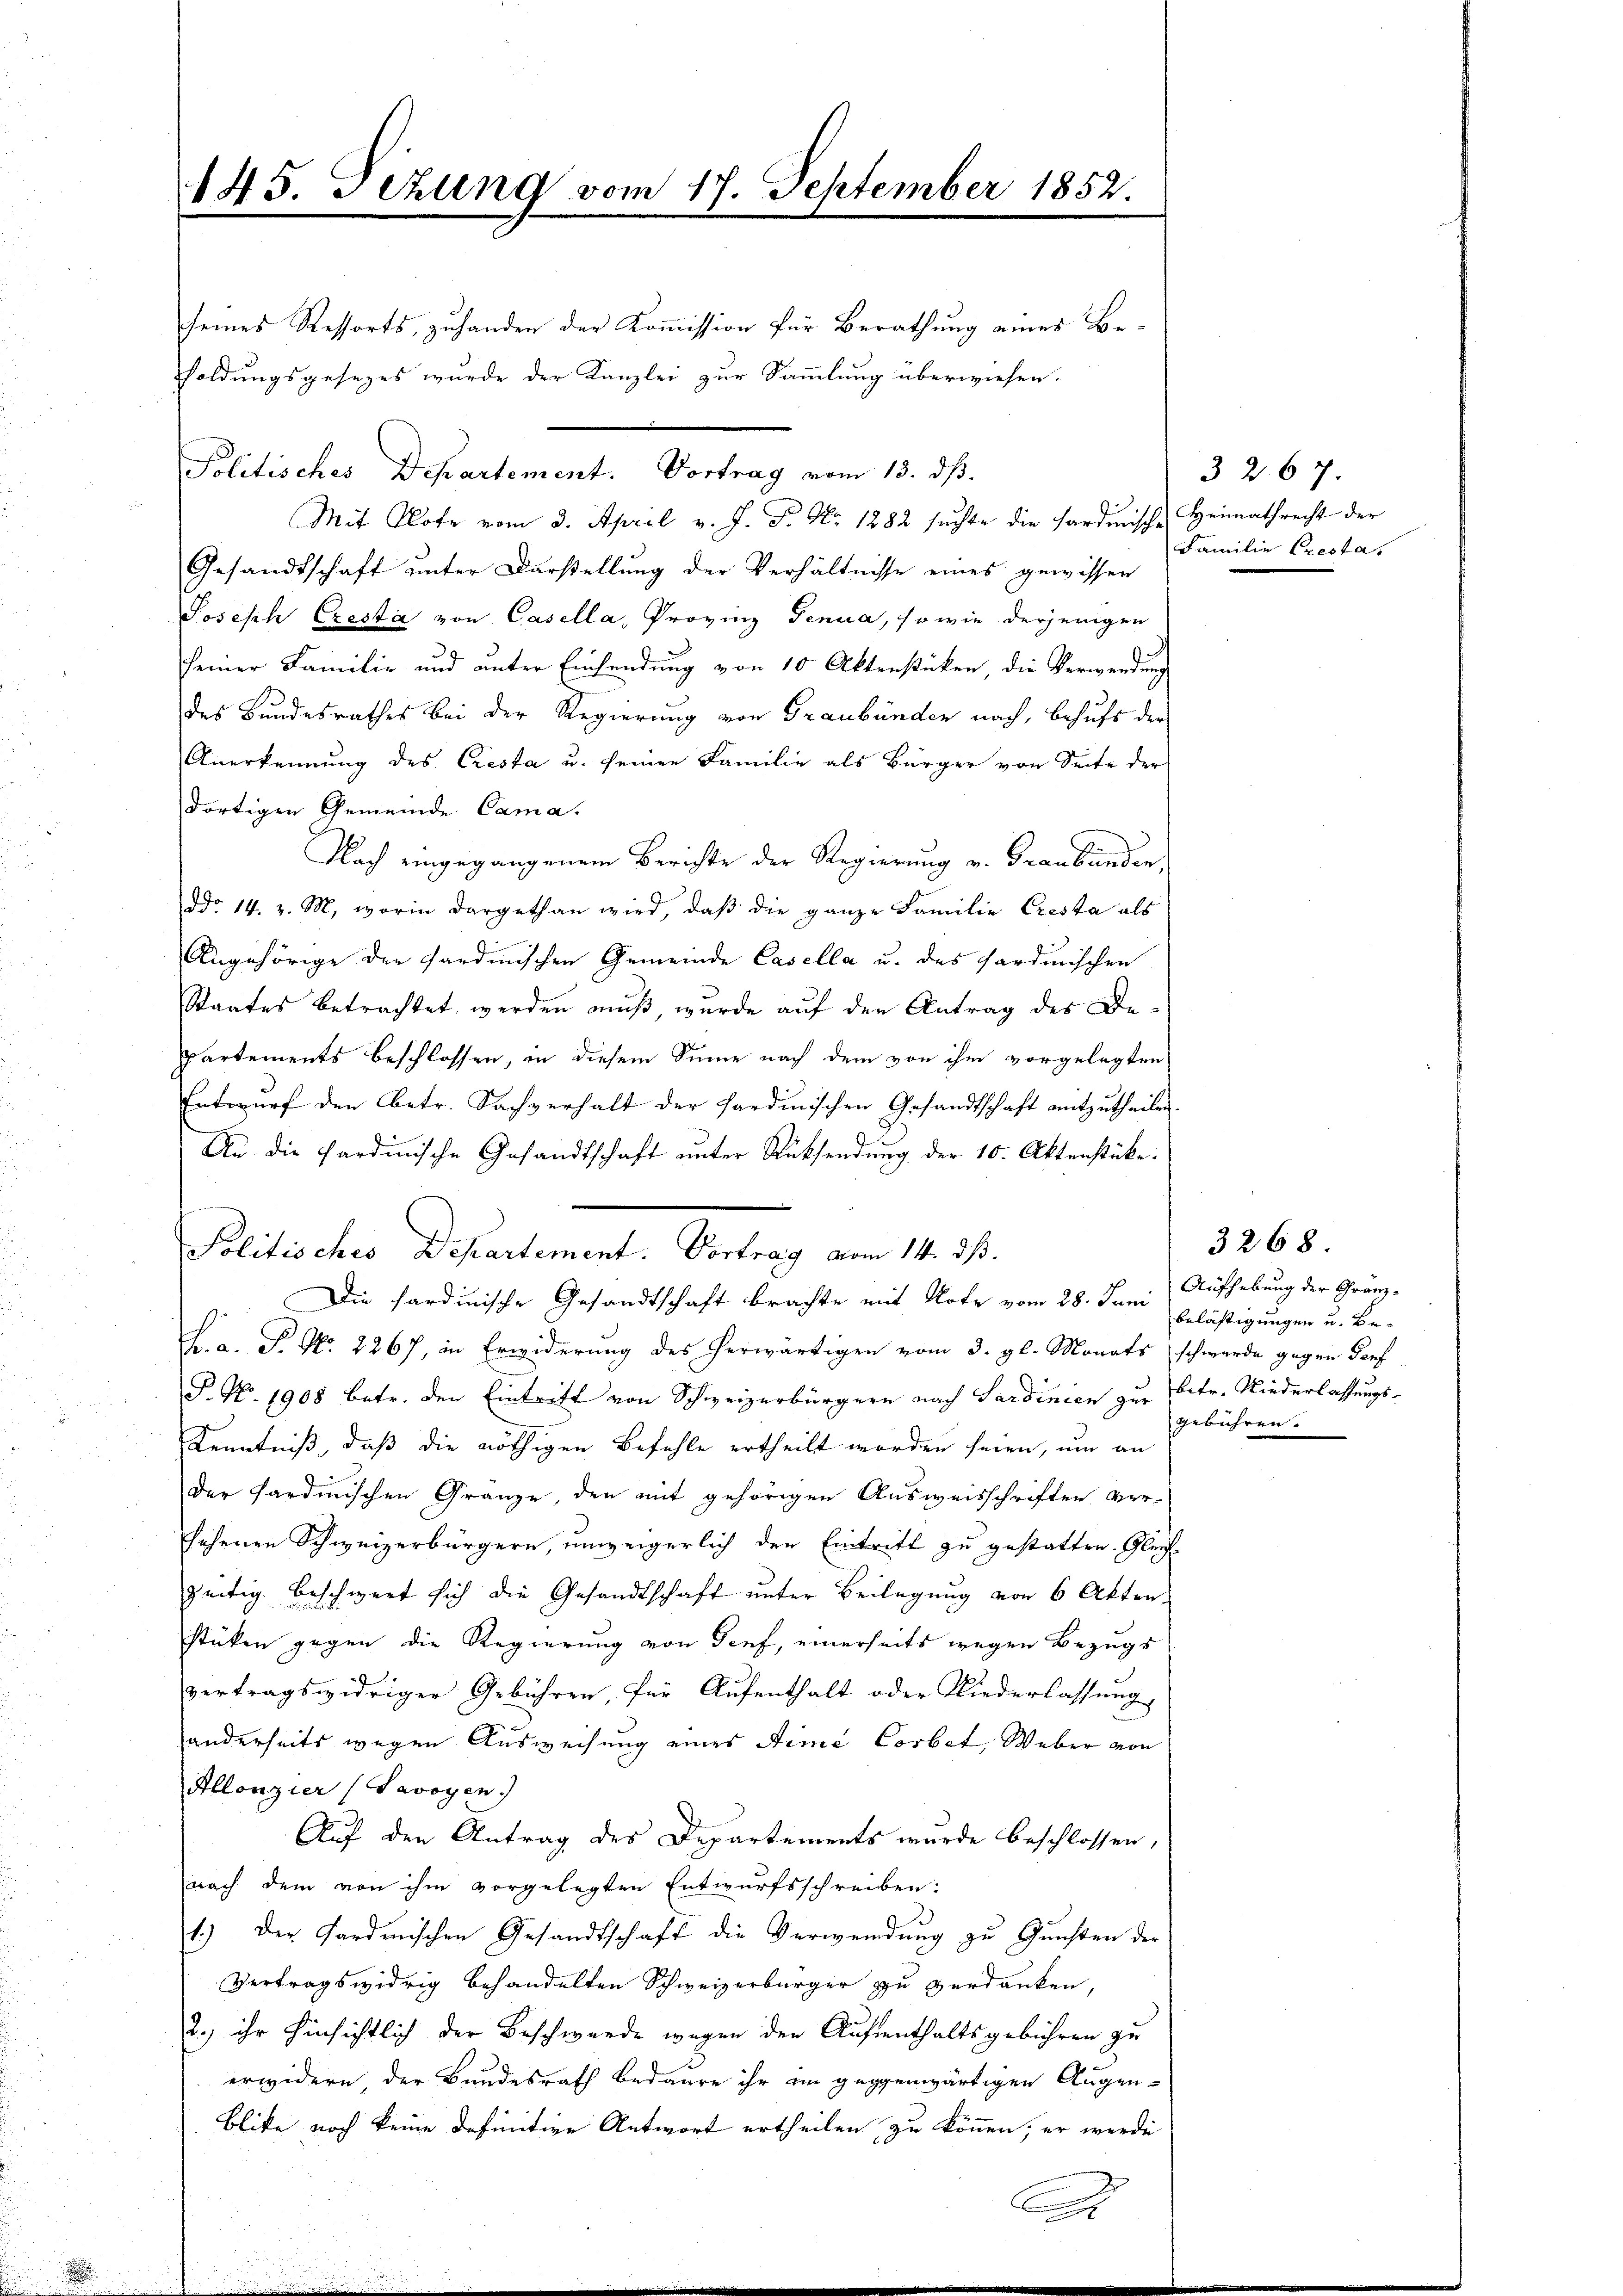
145. Setzung vom 17. September 1852.

seines Ressorts, zuhanden der Kommission für Berathung eines Be-
Mit Note vom 3. April v. J. P. Nr. 1882 suchte die Sardinisch-Heimathrecht der
Gesandtschaft unter Darstellung der Verhältnisse eines gewissen
Joseph Cresta von Casella, Provinz Genua, so wie derjenigen
seiner Familie und unter Einsendung von 10 Aktenstücken, die Verwendung
des Bundesrathes bei der Regierung von Graubünden nach, Behufs der
Anerkennung des Cresta u. seinen Familie als Bürger von Seite der
dortigen Gemeinde Cama.
Nach eingegangenem Berichte der Regierung v. Graubünden
ddo 14. v. M. worin dargethan wird, daβ die ganze Familie Cresta als
Angehörige der Sardinischen Gemeinde Casella u. des sardinischen
Staates betrachtet werden muß, wurde auf den Antrag des Be¬
Partements beschlossen, in diesem Sinne nach dem von ihm vorgelegten
Entwurf den Betr. Sachverhalt der Sardinischen Gesandtschaft mitzutheilen.
An die Sardinische Gesandtschaft unter Rücksendung der 10. Aktenstücke.
Politisches Departement: Vortrag vom 14. ds.
Die Sardinische Gesandtschaft brachte mit Note vom 28. Juni Aufhebung der Gränz¬
L.a. P. Nr. 2267, in Erwiderung des herwärtigen vom 3. gl. Monats schwerde gegen Dorf
P. No. 1908 betr. den Eintritt von Schweizerbürgern nach Sardinien zur Betr. Niederlassungs¬
Kenntniß, daß die nöthigen Befehle ertheilt worden seien, um an
der Sardinischen Gränze, den mit gehörigen Ausweisschriften ver-
sehenen Schweizerbürgern, unweigerlich der Eintritt zu gestatten. Gleich
zeitig beschwert sich die Gesandtschaft unter Beilegung von 6 Akten
stüken gegen die Regierung von Senf, einerseits wegen Bezugs
d
vertragswidriger Gebühren, für Aufenthalt oder Niederlassung,
anderseits wegen Ausweisung eines Dimi Corbet, Weber von
Allonzier (Savoyen.)
Auf den Antrag des Departements wurde beschlossen,
nach dem von ihm vorgelegten Entwurfsschreiben:
1.) Der Fordenischen Gesandtschaft die Verwendung zu Gunsten der
Vertragswidrig behandelten Schweizerbürger zu verdanken,
2., ihr hinsichtlich der Beschwerde wegen der Aufenthaltsgebühren zu
erwidern, der Bundesrath bedaure ihr im gegenwärtigen Augen-
Blike noch keine Definitive Antwort ertheilen zu können, er werde

Foldungsgesezes wurde der Kanzlei zur Sammlung überwiesen.

Politisches Departement. Vortrag vom 13. dß.

3267.
Familie Cresta

3268.
Belästigungen u. Begebühren. |